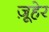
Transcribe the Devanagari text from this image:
ज़ूहेर